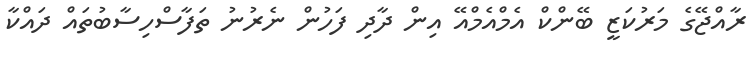
ރާއްޖޭގެ މަރުކަޒީ ބޭންކް އެމްއެމްއޭ އިން ދާދި ފަހުން ނެރުނު ތަފާސްހިސާބުތައް ދައްކާ